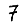
Digit: 7